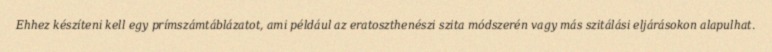
Ehhez készíteni kell egy prímszámtáblázatot, ami például az eratoszthenészi szita módszerén vagy más szitálási eljárásokon alapulhat.